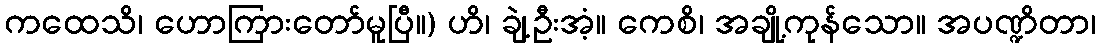
ကထေသိ၊ ဟောကြားတော်မူပြီ။) ဟိ၊ ချဲ့ဦးအံ့။ ကေစိ၊ အချို့ကုန်သော။ အပဏ္ဍိတာ၊